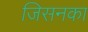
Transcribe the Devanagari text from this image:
जिसनका